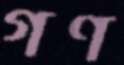
গণ